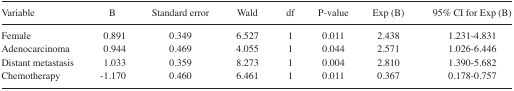
<table><thead><tr><td><b>Variable</b></td><td><b>B</b></td><td><b>Standard error</b></td><td><b>Wald</b></td><td><b>df</b></td><td><b>P-value</b></td><td><b>Exp (B)</b></td><td><b>95% CI for Exp (B)</b></td></tr></thead><tbody><tr><td>Female</td><td>0.891</td><td>0.349</td><td>6.527</td><td>1</td><td>0.011</td><td>2.438</td><td>1.231–4.831</td></tr><tr><td>Adenocarcinoma</td><td>0.944</td><td>0.469</td><td>4.055</td><td>1</td><td>0.044</td><td>2.571</td><td>1.026–6.446</td></tr><tr><td>Distant metastasis</td><td>1.033</td><td>0.359</td><td>8.273</td><td>1</td><td>0.004</td><td>2.810</td><td>1.390–5.682</td></tr><tr><td>Chemotherapy</td><td>−1.170</td><td>0.460</td><td>6.461</td><td>1</td><td>0.011</td><td>0.367</td><td>0.178–0.757</td></tr></tbody></table>